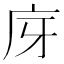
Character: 庌